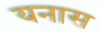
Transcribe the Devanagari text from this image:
यनास